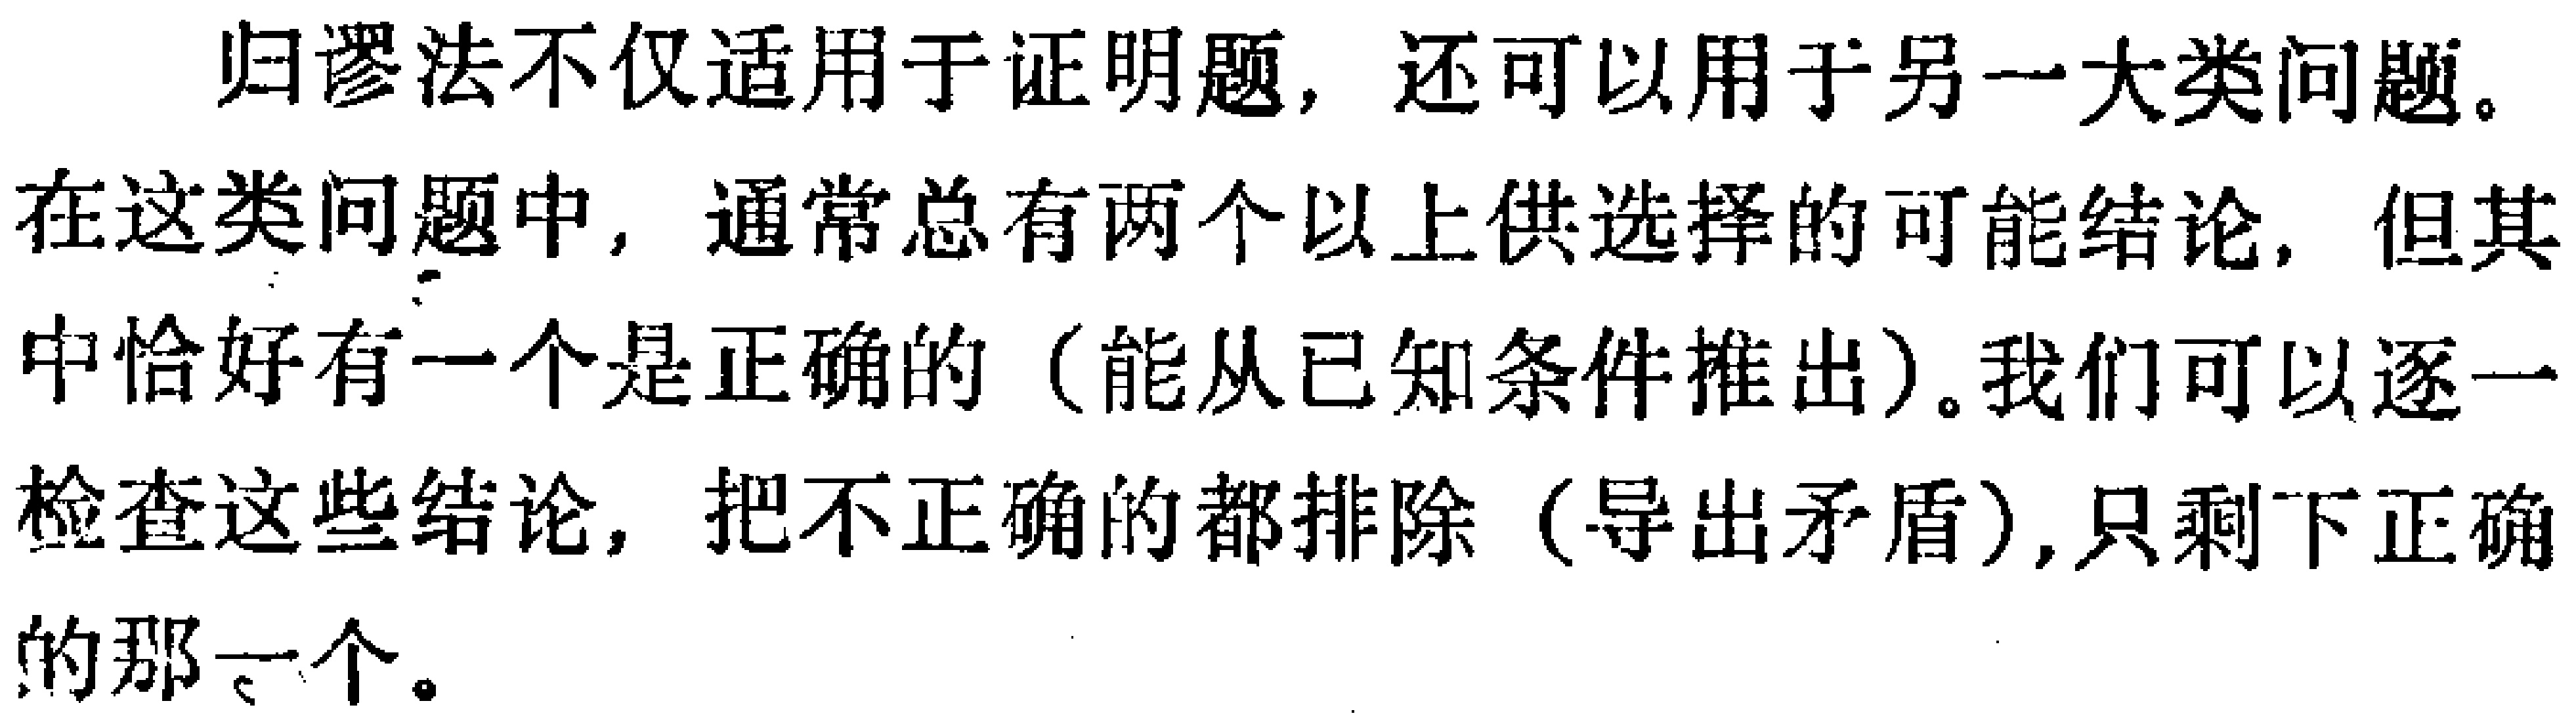
归谬法不仅适用于证明题，还可以用于另一大类问题。在这类问题中，通常总有两个以上供选择的可能结论，但其中恰好有一个是正确的（能从已知条件推出）。我们可以逐一检查这些结论，把不正确的都排除（导出矛盾）,只剩下正确的那一个。